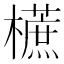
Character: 𣞢